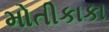
મોતીકાકા